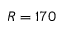
R = 1 7 0